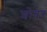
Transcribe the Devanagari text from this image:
शोवर